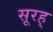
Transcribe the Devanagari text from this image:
सूरह्